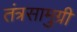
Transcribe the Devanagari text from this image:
तंत्रसामुग्री